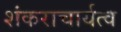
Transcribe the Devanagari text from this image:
शंकराचार्यत्व